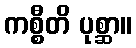
ကစ္စီတိ ပုစ္ဆာ။